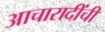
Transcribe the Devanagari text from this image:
आचारादींची